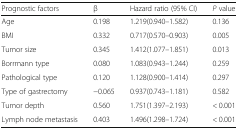
<table><thead><tr><td><b>Prognostic factors</b></td><td><b>β</b></td><td><b>Hazard ratio (95% CI)</b></td><td><b><i>P</i> value</b></td></tr></thead><tbody><tr><td>Age</td><td>0.198</td><td>1.219(0.940–1.582)</td><td>0.136</td></tr><tr><td>BMI</td><td>0.332</td><td>0.717(0.570–0.903)</td><td>0.005</td></tr><tr><td>Tumor size</td><td>0.345</td><td>1.412(1.077–1.851)</td><td>0.013</td></tr><tr><td>Borrmann type</td><td>0.080</td><td>1.083(0.943–1.244)</td><td>0.259</td></tr><tr><td>Pathological type</td><td>0.120</td><td>1.128(0.900–1.414)</td><td>0.297</td></tr><tr><td>Type of gastrectomy</td><td>−0.065</td><td>0.937(0.743–1.181)</td><td>0.582</td></tr><tr><td>Tumor depth</td><td>0.560</td><td>1.751(1.397–2.193)</td><td>&lt; 0.001</td></tr><tr><td>Lymph node metastasis</td><td>0.403</td><td>1.496(1.298–1.724)</td><td>&lt; 0.001</td></tr></tbody></table>